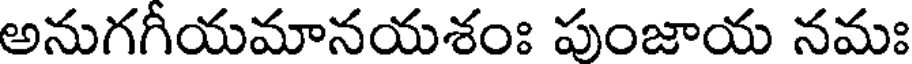
అనుగగీయమానయశంః పుంజాయ నమః